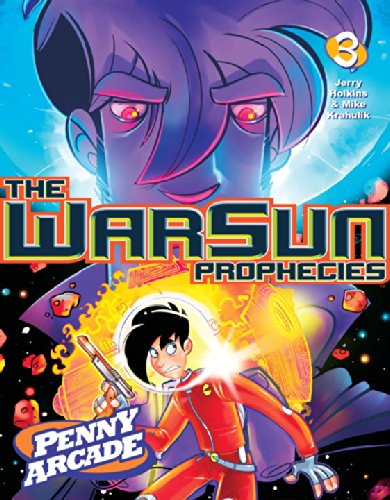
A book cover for Penny Arcade Volume 3: The Warsun Prophecies; Jerry Holkins; Humor & Entertainment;